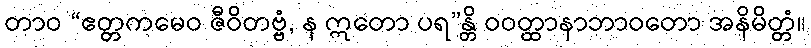
တာဝ “ဧတ္တကမေဝ ဇီဝိတဗ္ဗံ, န ဣတော ပရ”န္တိ ဝဝတ္ထာနာဘာဝတော အနိမိတ္တံ။